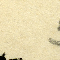
3